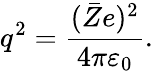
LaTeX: q^{2}=\frac{(\bar{Z}e)^{2}}{4\pi\varepsilon_{0}}.